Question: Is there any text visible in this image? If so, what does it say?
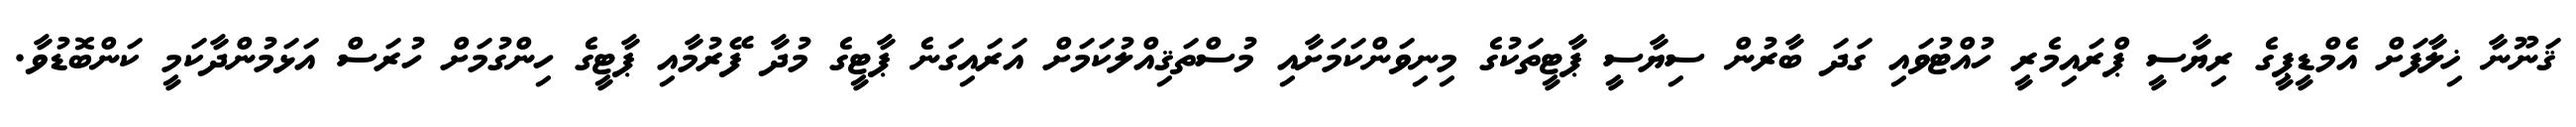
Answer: ޤަނޫނާ ޚިލާފަށް އެމްޑީޕީގެ ރިޔާސީ ޕްރައިމެރީ ހުއްޓުވައި ގަދަ ބާރުން ސިޔާސީ ޕާޓީތަކުގެ މިނިވަންކަމަށާއި މުސްތަޤިއްލުކަމަށް އަރައިގަނެ ޕާޓީގެ މުދާ ފޭރުމާއި ޕާޓީގެ ހިންގުމަށް ހުރަސް އަޅަމުންދާކަމީ ކަންބޮޑުވާ.